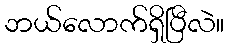
ဘယ်လောက်ရှိပြီလဲ။